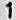
1